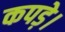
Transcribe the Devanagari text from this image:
कपड़े।